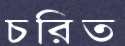
চরিত